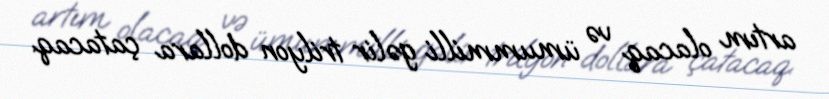
artım olacaq və ümummilli gəlir trilyon dollara çatacaq.